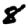
Digit: 8